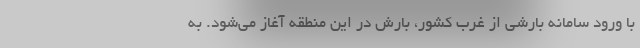
با ورود سامانه بارشی از غرب کشور، بارش در این منطقه آغاز می‌شود. به